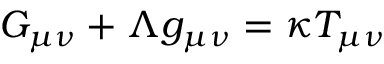
G _ { \mu \nu } + \Lambda g _ { \mu \nu } = \kappa T _ { \mu \nu }